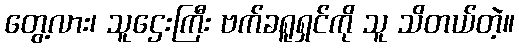
တွေ့လား၊ သူဌေးကြီး ဗက်ခရူရှင်ကို သူ သိတယ်တဲ့။